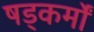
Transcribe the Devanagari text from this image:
षड्कर्मों